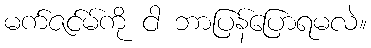
မက်ဇင်မ်ကို ငါ ဘာပြန်ပြောရမလဲ။